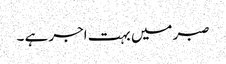
صبر میں بہت اجر ہے ۔